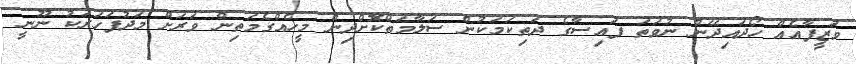
ވަޒީފާއެއް ހޯދައިދޭން ނުވަތަ ފައިސާގެ ދަތިކަމަކުން ސަލާމަތްކޮށްދިން މީހެއްގެމަތިން ވަރަށް މަދުފަހަރަކު ނޫނީ